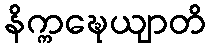
နိက္ကဍ္ဎေယျာတိ